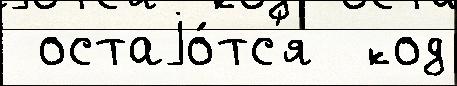
 остаjо́тс'я  код